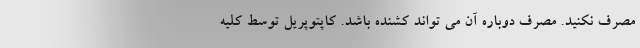
مصرف نکنید. مصرف دوباره آن می تواند کشنده باشد. کاپتوپریل توسط کلیه